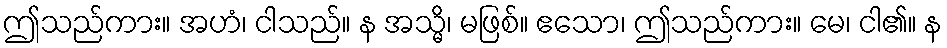
ဤသည်ကား။ အဟံ၊ ငါသည်။ န အသ္မိ၊ မဖြစ်။ ဧသော၊ ဤသည်ကား။ မေ၊ ငါ၏။ န